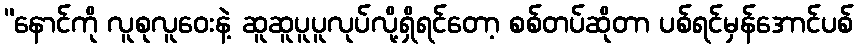
“နောင်ကို လူစုလူဝေးနဲ့ ဆူဆူပူပူလုပ်လို့ရှိရင်တော့ စစ်တပ်ဆိုတာ ပစ်ရင်မှန်အောင်ပစ်